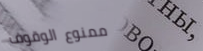
ممنوع الوقوف